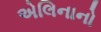
એલિનાનો